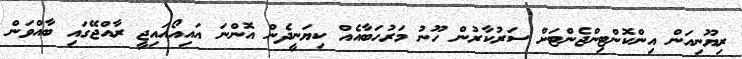
ރިޔޫނިއަން އިންކޮންޓިންޖެންޓަަށް ސަރުކާރުން ހޫނު މަރުހަބާއެއް ކިޔަނީދެން އޮންނަ އައިއޯއައިޖީ ރާއްޖޭގައި ބާއްވަން